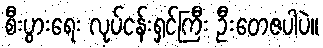
စီးပွားရေး လုပ်ငန်းရှင်ကြီး ဦးတေဇပါပဲ။